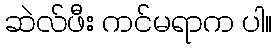
ဆဲလ်ဖီး ကင်မရာက ပါ။